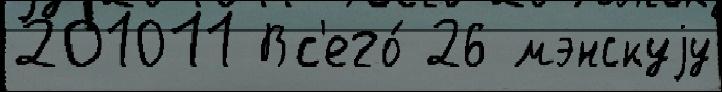
201011 Вс'его́ 26 мэнскуjу